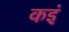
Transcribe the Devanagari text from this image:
कइं